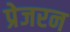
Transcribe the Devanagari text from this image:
प्रेजरन